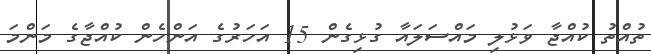
ތުއްތު ކުއްޖާ ވަޅުލި މައްސަލައާ ގުޅިގެން 15 އަހަރުގެ އަންހެން ކުއްޖާގެ މަންމަ